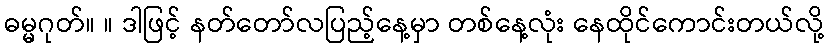
ဓမ္မဂုတ်။ ။ ဒါဖြင့် နတ်တော်လပြည့်နေ့မှာ တစ်နေ့လုံး နေထိုင်ကောင်းတယ်လို့